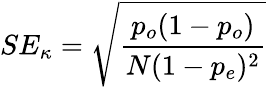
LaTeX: SE_{\kappa}={\sqrt{\frac{p_{o}(1-p_{o})}{N(1-p_{e})^{2}}}}